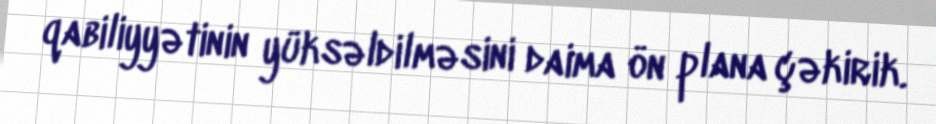
qabiliyyətinin yüksəldilməsini daima ön plana çəkirik.